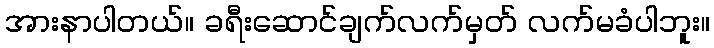
အားနာပါတယ်။ ခရီးဆောင်ချက်လက်မှတ် လက်မခံပါဘူး။